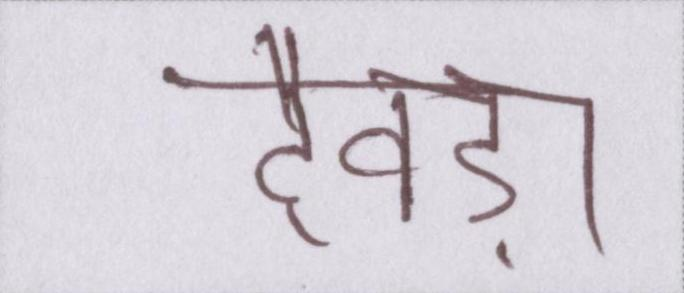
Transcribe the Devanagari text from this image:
देवड़ा